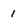
Character: 1